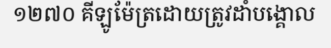
១២៧០ គីឡូម៉ែត្រដោយត្រូវដាំបង្គោល